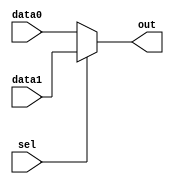
module mux2_to_1(data0, data1, sel, out);

input [15:0] data0, data1;
input sel;

output reg [15:0] out;

always @(*)
 if(sel) out <= data1;
 else out <= data0;

endmodule